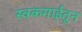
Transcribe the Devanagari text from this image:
स्वकमाईतून